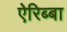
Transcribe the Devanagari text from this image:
ऐरिब्बा